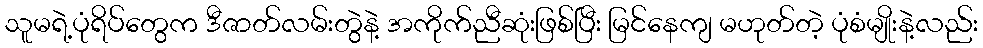
သူမရဲ့ပုံရိပ်တွေက ဒီဇာတ်လမ်းတွဲနဲ့ အကိုက်ညီဆုံးဖြစ်ပြီး မြင်နေကျ မဟုတ်တဲ့ ပုံစံမျိုးနဲ့လည်း